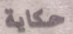
حكاية